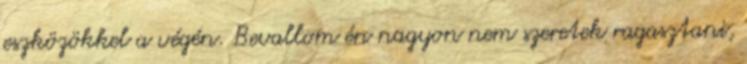
eszközökkel a végén. Bevallom én nagyon nem szeretek ragasztani,